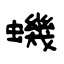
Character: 蟣